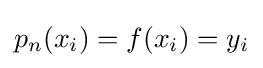
{\textstyle p_{n}(x_{i})=f(x_{i})=y_{i}}